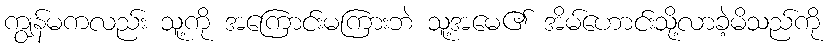
ကျွန်မကလည်း သူ့ကို အကြောင်းမကြားဘဲ သူ့အမေ၏ အိမ်ဟောင်းသို့လာခဲ့မိသည်ကို